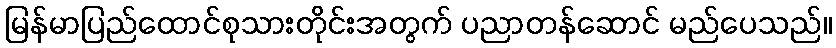
မြန်မာပြည်ထောင်စုသားတိုင်းအတွက် ပညာတန်ဆောင် မည်ပေသည်။